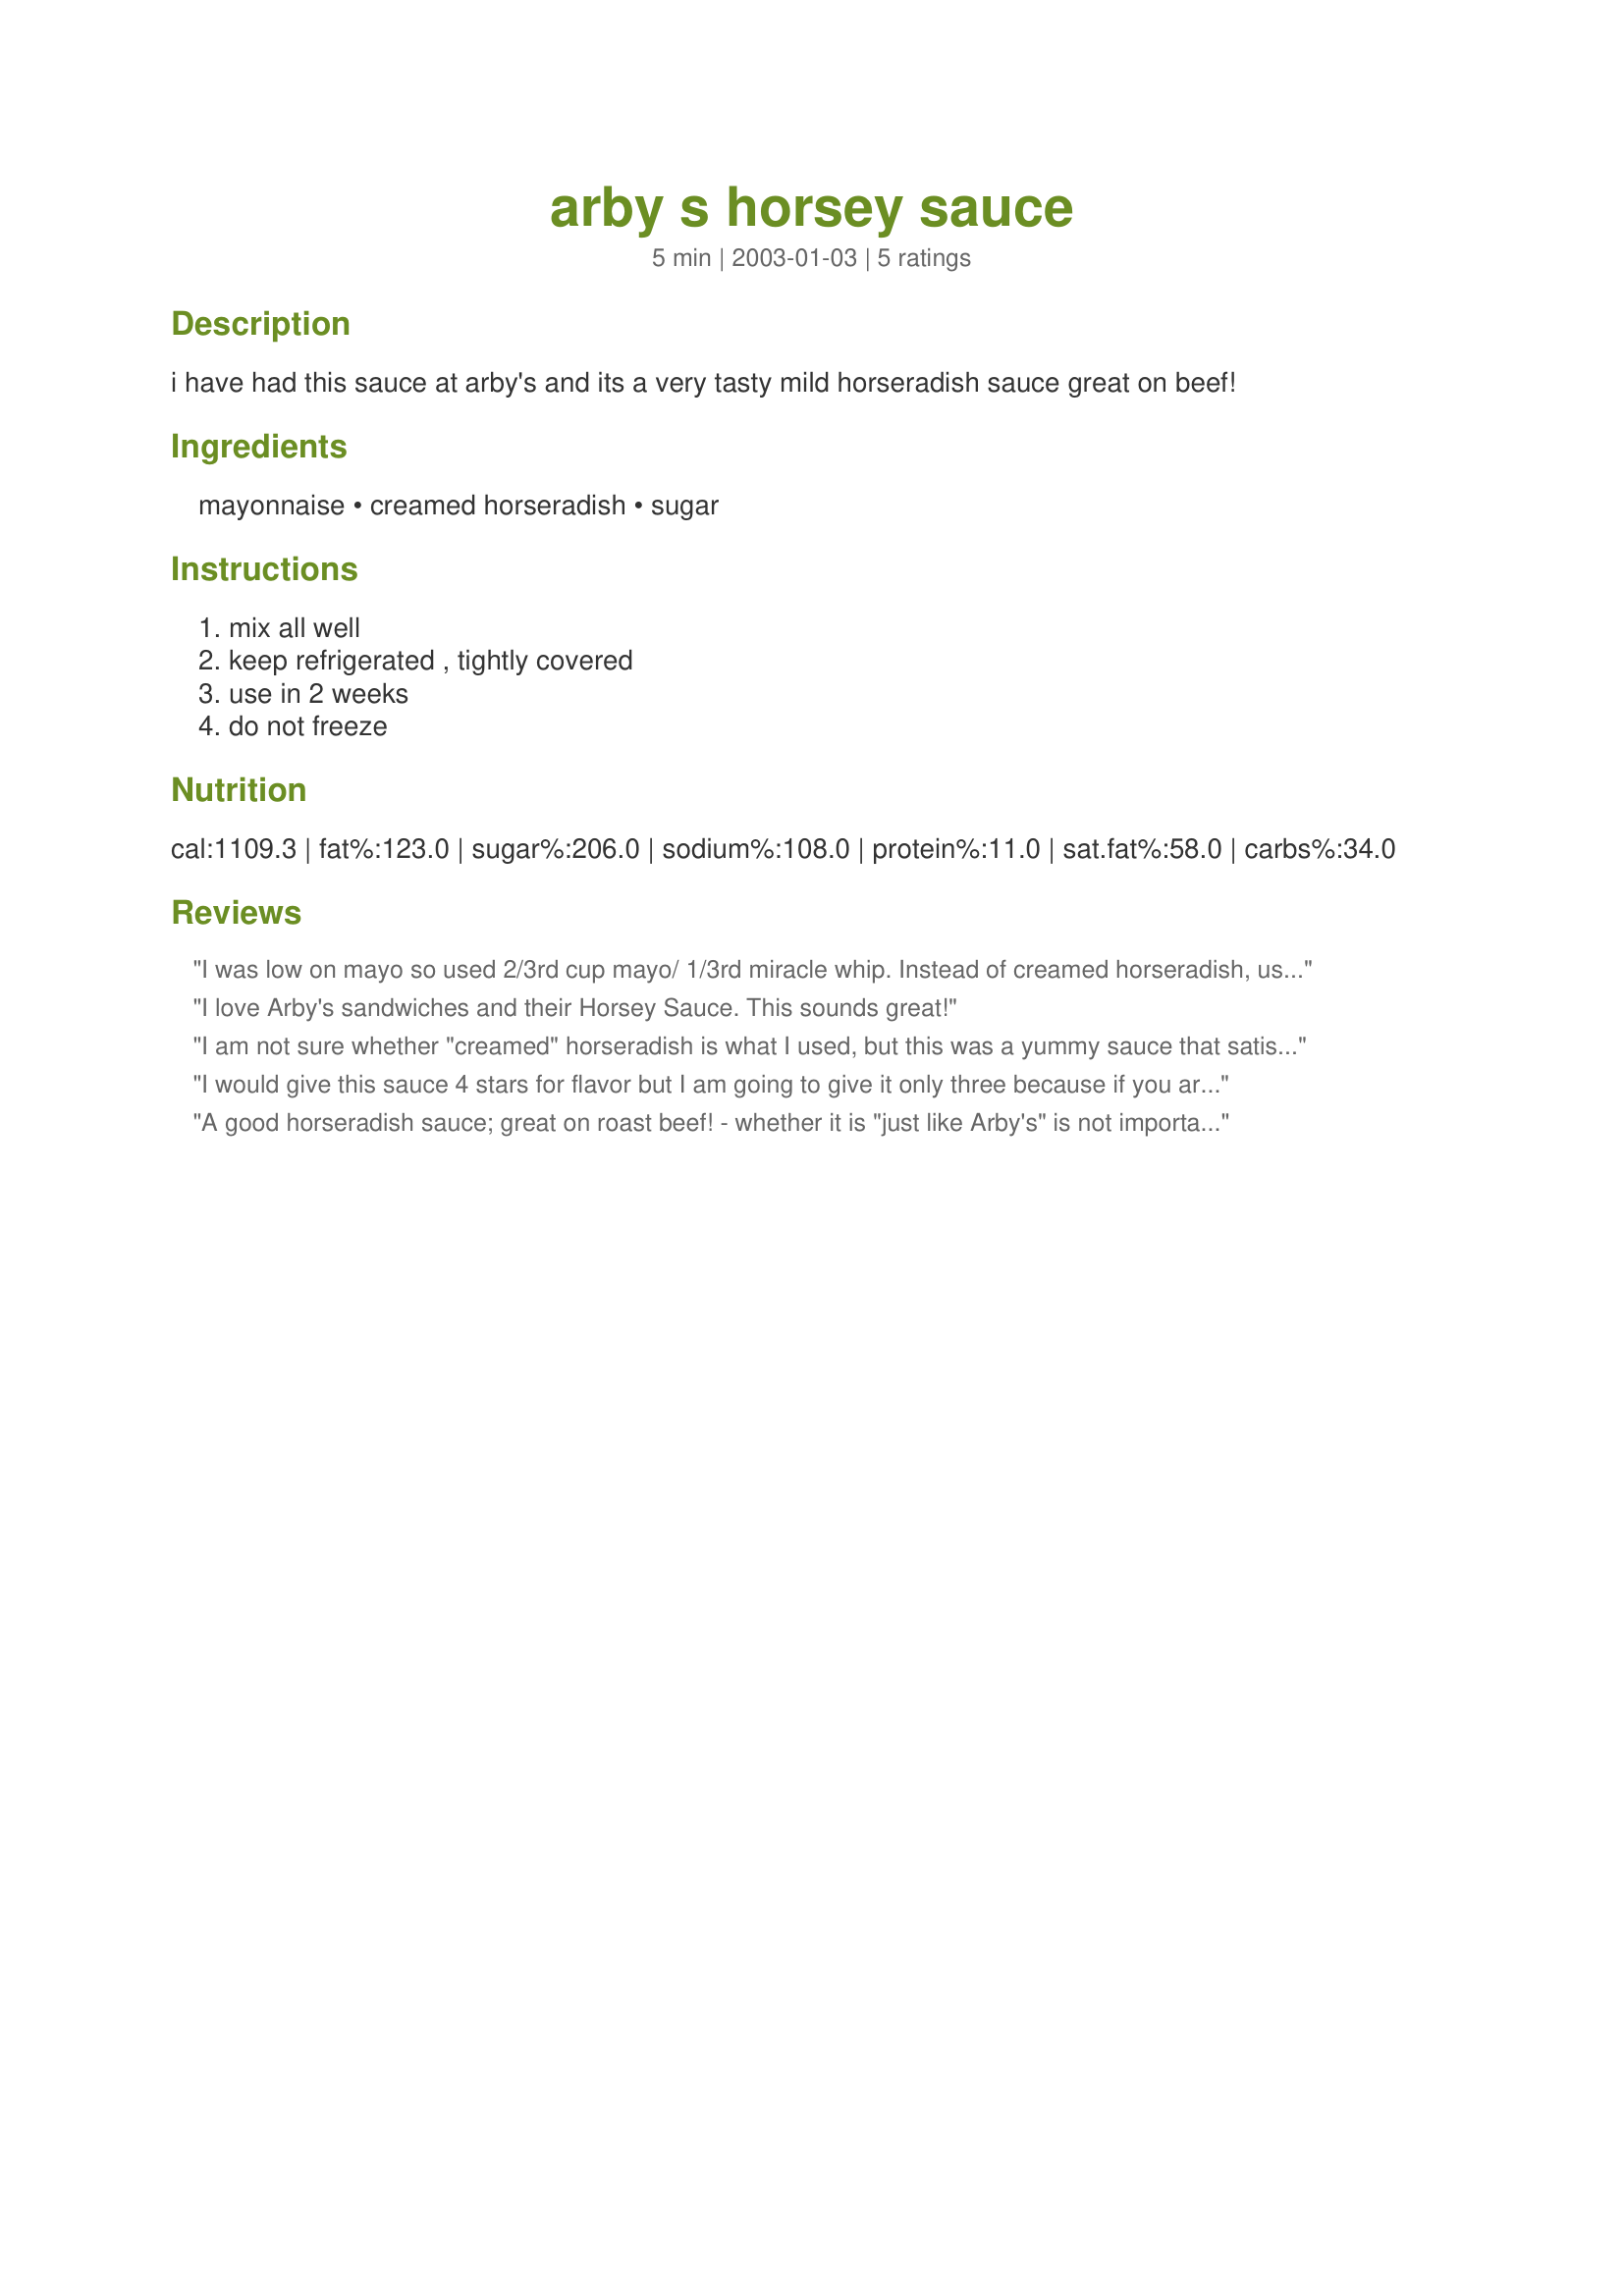
arby s horsey sauce
Preparation time: 5 minutes

i have had this sauce at arby's and its a very tasty mild horseradish sauce great on beef!

Ingredients:
mayonnaise, creamed horseradish, sugar

Steps:
mix all well, keep refrigerated , tightly covered, use in 2 weeks, do not freeze

Reviews:
I was low on mayo so used 2/3rd cup mayo/ 1/3rd miracle whip. Instead of creamed horseradish, used equal amount of grated and absolutely loved the result!
I love Arby's sandwiches and their Horsey Sauce.
This sounds great!
I am not sure whether "creamed" horseradish is what I used, but this was a yummy sauce that satisfied my craving for Arby's sauce. The texture wasn't quite right, but the flavour was yummy.
I would give this sauce 4 stars for flavor but I am going to give it only three because if you are looking for Arby's Horsey sauce this isn't it. I had a packet of Arby's horsey and I compared the taste side by side. The recipe is good but it doesn't have the same creamy texture. The ingredients listed on the Arby's packet listed soybean oil as the number one ingredient which is what probably gives it the creamy texture. Also listed in the ingredients is vinegar while this recipe has none. But if you want a good all purpose horseradish sauce this is pretty good and I would recommend it. But it isn't Arby's.
A good horseradish sauce; great on roast beef! - whether it is "just like Arby's" is not important. If you want it to have a creamier texture, just fold in a little whipped cream - I just squirt a little blob from an aerosol can (Redi-Whip) and omit the sweetener called for here. It makes a lighter, creamier sauce. Thanks for the recipe, cinderbear! P.S. for Pot Scrubber - the first two ingredients of good mayo are soybean oil and eggs, then white vinegar!
